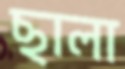
ছালা